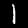
Label: 1